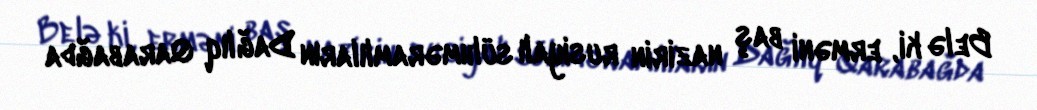
Belə ki, erməni baş nazirin rusiyalı sülhməramlıların Dağlıq Qarabağda